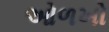
ઓળખો